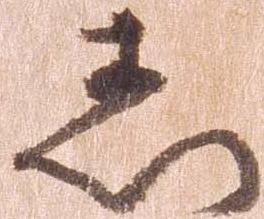
し